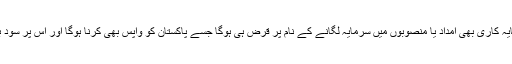
ایک تو سعودی سرمایہ کاری بھی امداد یا منصوبوں میں سرمایہ لگانے کے نام پر قرض ہی ہوگا جسے پاکستان کو واپس بھی کرنا ہوگا اور اس پر سود بھی ادا کرنا پڑے گا۔